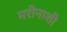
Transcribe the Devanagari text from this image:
मरीनाशी